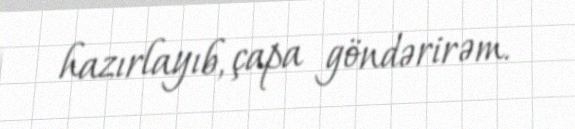
hazırlayıb, çapa göndərirəm.